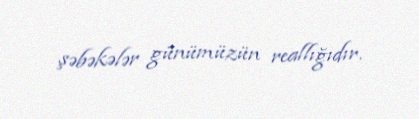
şəbəkələr günümüzün reallığıdır.